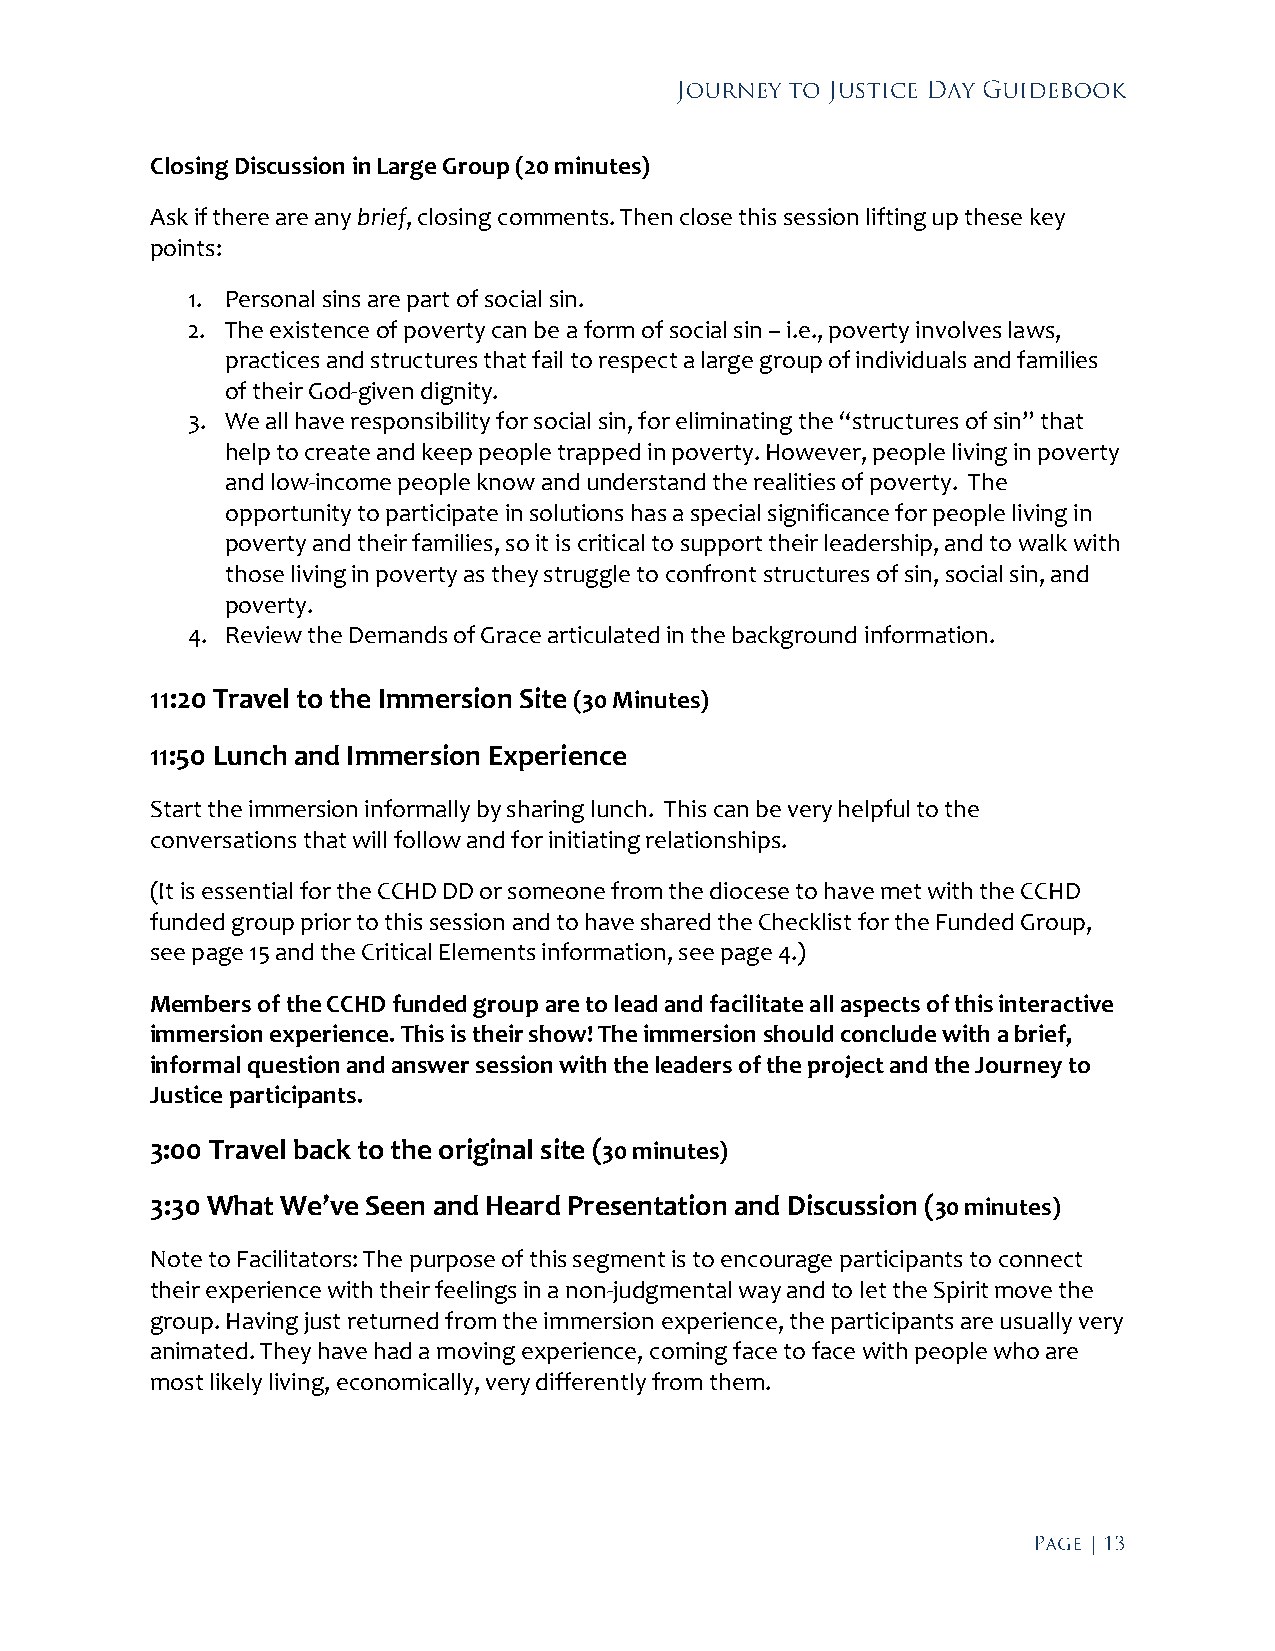
Closing Discussion in Large Group (20 minutes)
 Ask if there are any brief, closing comments. Then close this session lifting up these key
 points:
 1. Personal sins are part of social sin.
 2. The existence of poverty can be a form of social sin – i.e., poverty involves laws,
 practices and structures that fail to respect a large group of individuals and families
 of their God-given dignity.
 3. We all have responsibility for social sin, for eliminating the “structures of sin” that
 help to create and keep people trapped in poverty. However, people living in poverty
 and low-income people know and understand the realities of poverty. The
 opportunity to participate in solutions has a special significance for people living in
 poverty and their families, so it is critical to support their leadership, and to walk with
 those living in poverty as they struggle to confront structures of sin, social sin, and
 poverty.
 4. Review the Demands of Grace articulated in the background information.
 11:20 Travel to the Immersion Site (30 Minutes)
 11:50 Lunch and Immersion Experience
 Start the immersion informally by sharing lunch. This can be very helpful to the
 conversations that will follow and for initiating relationships.
 (It is essential for the CCHD DD or someone from the diocese to have met with the CCHD
 funded group prior to this session and to have shared the Checklist for the Funded Group,
 see page 15 and the Critical Elements information, see page 4.)
 Members of the CCHD funded group are to lead and facilitate all aspects of this interactive
 immersion experience. This is their show! The immersion should conclude with a brief,
 informal question and answer session with the leaders of the project and the Journey to
 Justice participants.
 3:00 Travel back to the original site (30 minutes)
 3:30 What We’ve Seen and Heard Presentation and Discussion (30 minutes)
 Note to Facilitators: The purpose of this segment is to encourage participants to connect
 their experience with their feelings in a non-judgmental way and to let the Spirit move the
 group. Having just returned from the immersion experience, the participants are usually very
 animated. They have had a moving experience, coming face to face with people who are
 most likely living, economically, very differently from them.